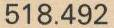
518.492